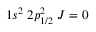
1 s ^ { 2 } \; 2 p _ { 1 / 2 } ^ { 2 } \; J = 0